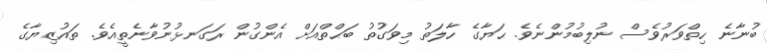
ބުނާނެ ހިތްވަރުވެސް ނުލިބުމުންނެވެ. ޙަޔާގެ ހާލަތު މިވަގުތު ބަޙްތްއަށް އެންގުން ރަގަނޅުނުވާނެތީއެވެ. ތައުޒިޔާގެ